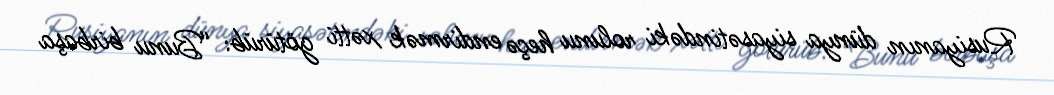
Rusiyanın dünya siyasətindəki rolunu heçə endirmək xətti götürüb: “Bunu birbaşa